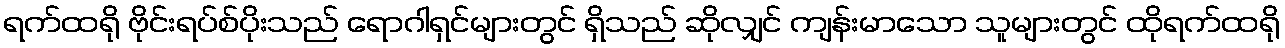
ရက်ထရို ဗိုင်းရပ်စ်ပိုးသည် ရောဂါရှင်များတွင် ရှိသည် ဆိုလျှင် ကျန်းမာသော သူများတွင် ထိုရက်ထရို